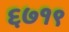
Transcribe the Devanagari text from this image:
६७१९